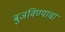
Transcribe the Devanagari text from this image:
बुजविण्याचा